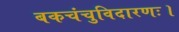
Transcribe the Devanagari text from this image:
बकचंचुविदारणः।